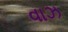
વાઝ